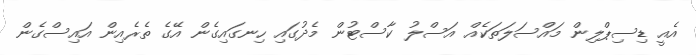
އެއީ ޑިސިޕްލިން މައްސަލަތަކެއް އަސްލު ކާސްޓުން މެދުގައި ހިނގައިގެން އޭގެ ތެރެއިން އައިސްގެން